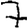
Digit: 7